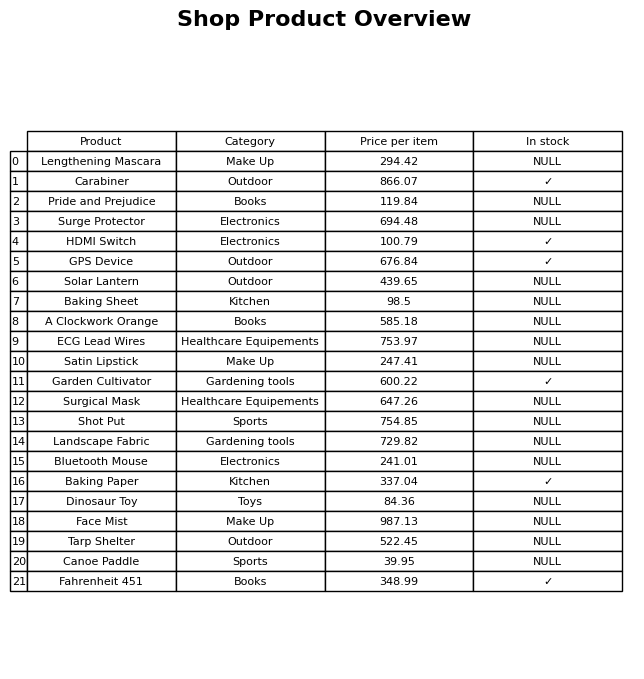
question: Is the A Clockwork Orange in stock?
answer: NULL